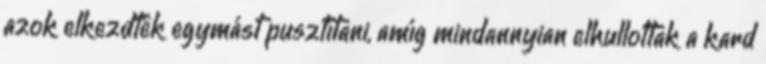
azok elkezdték egymást pusztítani, amíg mindannyian elhullottak a kard